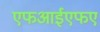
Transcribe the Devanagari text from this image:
एफआईएफए